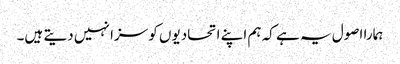
ہمارا اصول یہ ہے کہ ہم اپنے اتحادیوں کو سزا نہیں دیتے ہیں۔